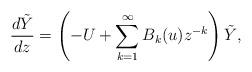
LaTeX: \begin{align*} \frac{d\tilde{Y}}{dz}=\left(-U+\sum_{k=1}^{\infty}B_{k}(u)z^{-k}\right)\tilde{Y}, \end{align*}